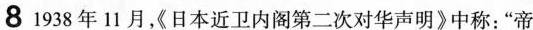
8 1938年11月，《日本近卫内阁第二次对华声明》中称：”帝